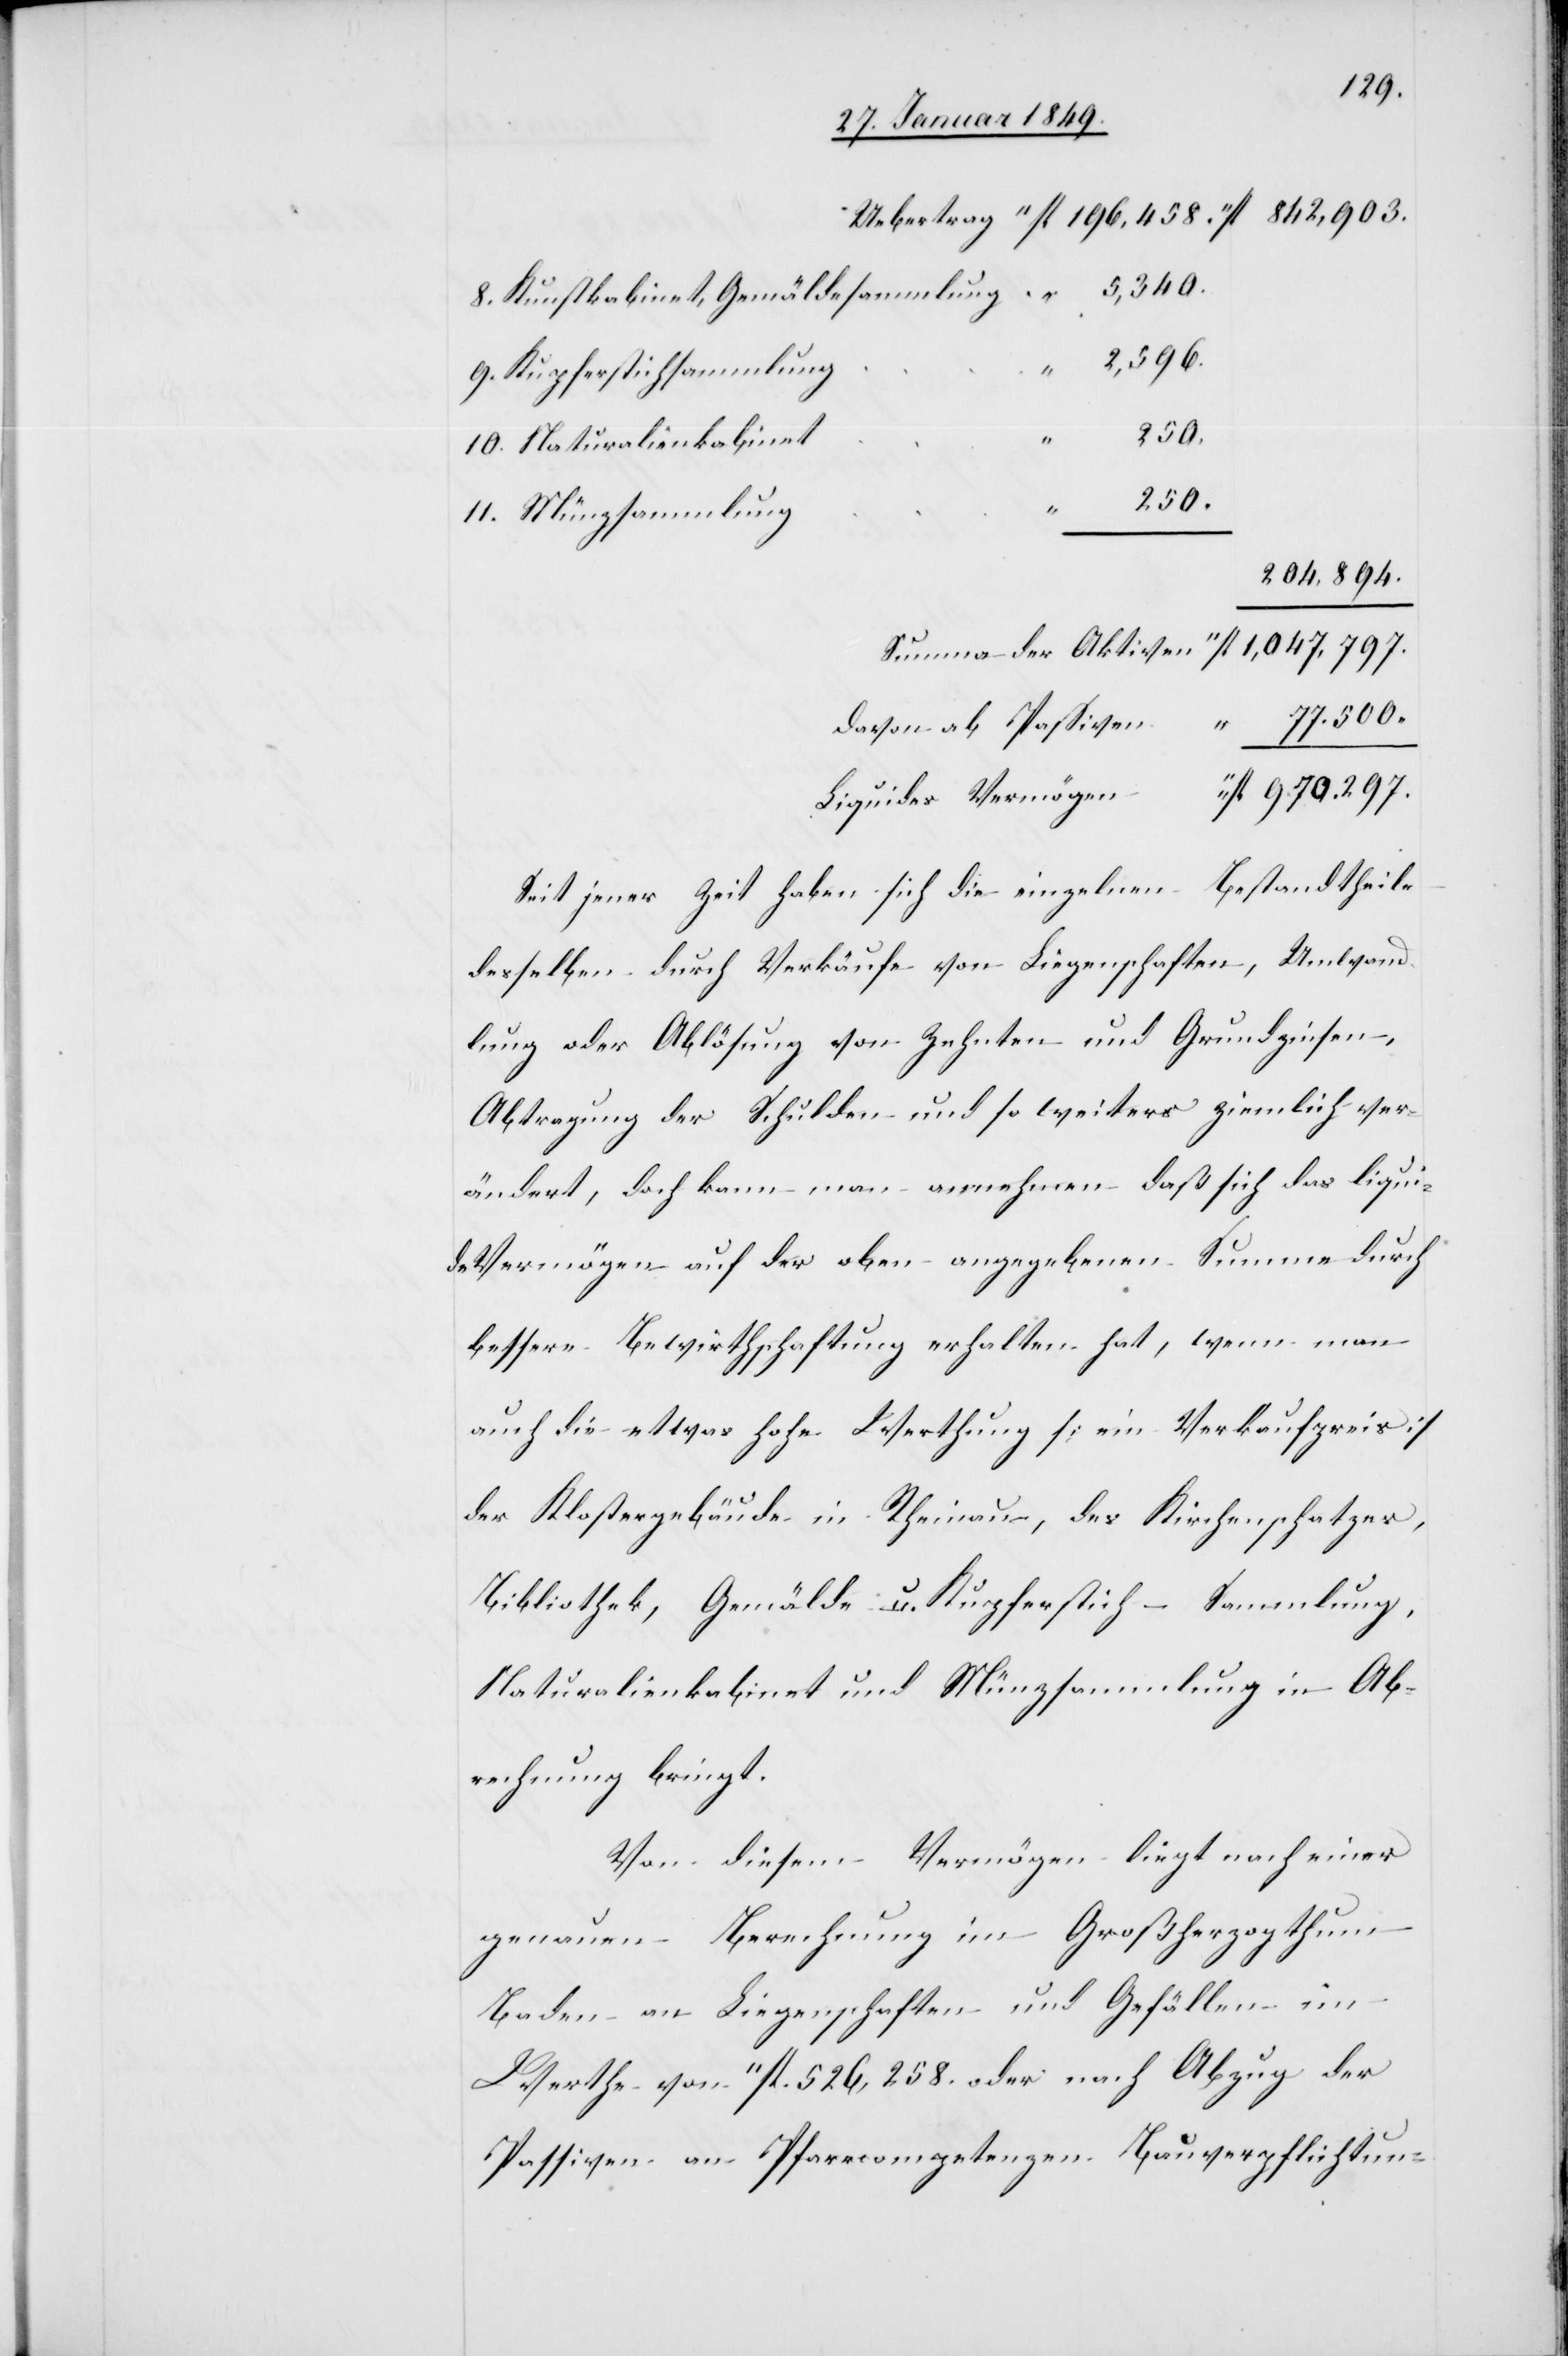
9. Kupferstichsammlung
2,596.
10. Naturalienkabinet
250.
11. Münzsammlung
204,894.
77.500.
fl.
davon ab Passiven
fl. 970.297.
Liquides Vermögen
Seit jener Zeit haben sich die einzelnen Bestandtheile
desselben durch Verkäufe von Liegenschaften, Umwand¬
lung oder Ablösung von Zehnten und Grundzinsen,
Abtragung der Schulden und so weiters ziemlich ver¬
ändert, doch kann man annehmen daß sich das liqui¬
de Vermögen auf der oben angegebenen Summe durch
bessere Bewirthschaftung erhalten hat, wenn man
auch die etwas hohe Werthung [ein Verkaufpreis]
der Klostergebäude in Rheinau, des Kirchenschatzes,
Bibliothek, Gemälde- u. Kupferstich-Sammlung,
Naturalienkabinet und Münzsammlung in Ab¬
rechnung bringt.
Von diesem Vermögen liegt nach einer
genauen Berechnung im Großherzogthum
Baden an Liegenschaften und Gefällen im
Werthe von “ fl. 526,258. oder nach Abzug der
Passiven an Pfarrcompetenzen[,] Bauverpflichtung-